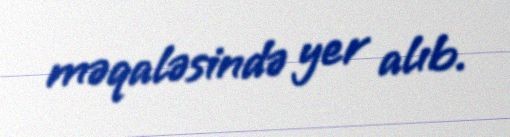
məqaləsində yer alıb.